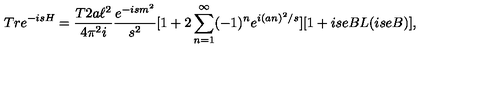
T r e ^ { - i s H } = { \frac { T 2 a \ell ^ { 2 } } { 4 \pi ^ { 2 } i } } { \frac { e ^ { - i s m ^ { 2 } } } { s ^ { 2 } } } [ 1 + 2 \sum _ { n = 1 } ^ { \infty } ( - 1 ) ^ { n } e ^ { i ( a n ) ^ { 2 } / s } ] [ 1 + i s e B L ( i s e B ) ] ,